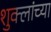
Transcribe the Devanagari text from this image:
शुक्लांच्या